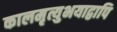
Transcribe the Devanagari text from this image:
कालमृत्युभयाद्वापि